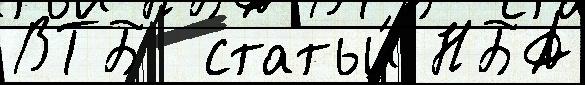
ВТБ  статьи́ НБА